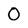
Character: 0